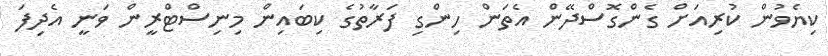
ކިޔެވުން ކުރިއަށް ގެންގޮސްދޭން އެތަން ހިންގި ފަރާތުގެ ކިބައިން މިނިސްޓްރީން ވަނީ އެދިފަ